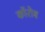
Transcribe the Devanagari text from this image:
कॉरोब